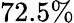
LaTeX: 72.5\%